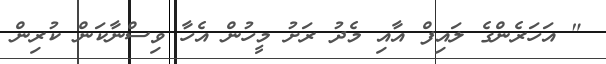
" އަހަރެންގެ ލައިފް އާއި މެދު ރަށު މީހުން އެހާ ވިސްނާކަން ކުރިން